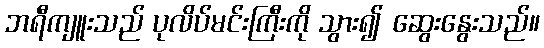
ဘရီကျူးသည် ပုလိပ်မင်းကြီးကို သွား၍ ဆွေးနွေးသည်။